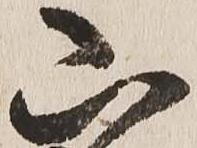
山